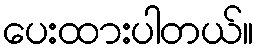
ပေးထားပါတယ်။